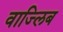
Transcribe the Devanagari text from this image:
वाज्लिब